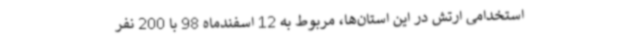
استخدامی ارتش در این استان‌ها، مربوط به 12 اسفندماه 98 با 200 نفر